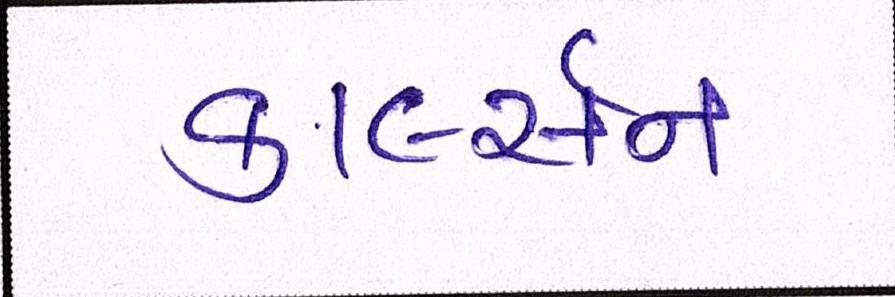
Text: કાર્લ્સન